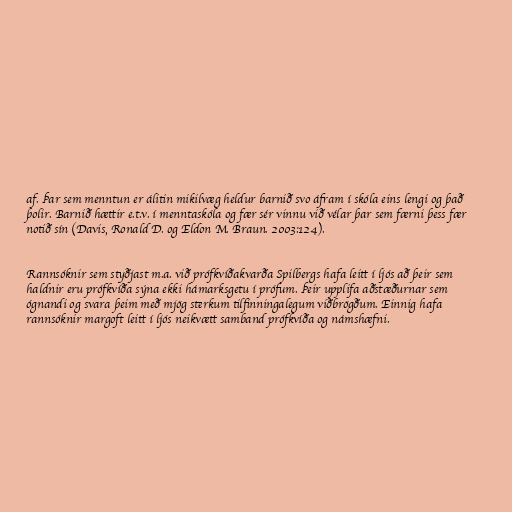
af. Þar sem menntun er álitin mikilvæg heldur barnið svo áfram í skóla eins lengi og það
þolir. Barnið hættir e.t.v. í menntaskóla og fær sér vinnu við vélar þar sem færni þess fær
notið sín (Davis, Ronald D. og Eldon M. Braun. 2003:124).

Rannsóknir sem styðjast m.a. við prófkvíðakvarða Spilbergs hafa leitt í ljós að þeir sem
haldnir eru prófkvíða sýna ekki hámarksgetu í prófum. Þeir upplifa aðstæðurnar sem
ógnandi og svara þeim með mjög sterkum tilfinningalegum viðbrögðum. Einnig hafa
rannsóknir margoft leitt í ljós neikvætt samband prófkvíða og námshæfni.